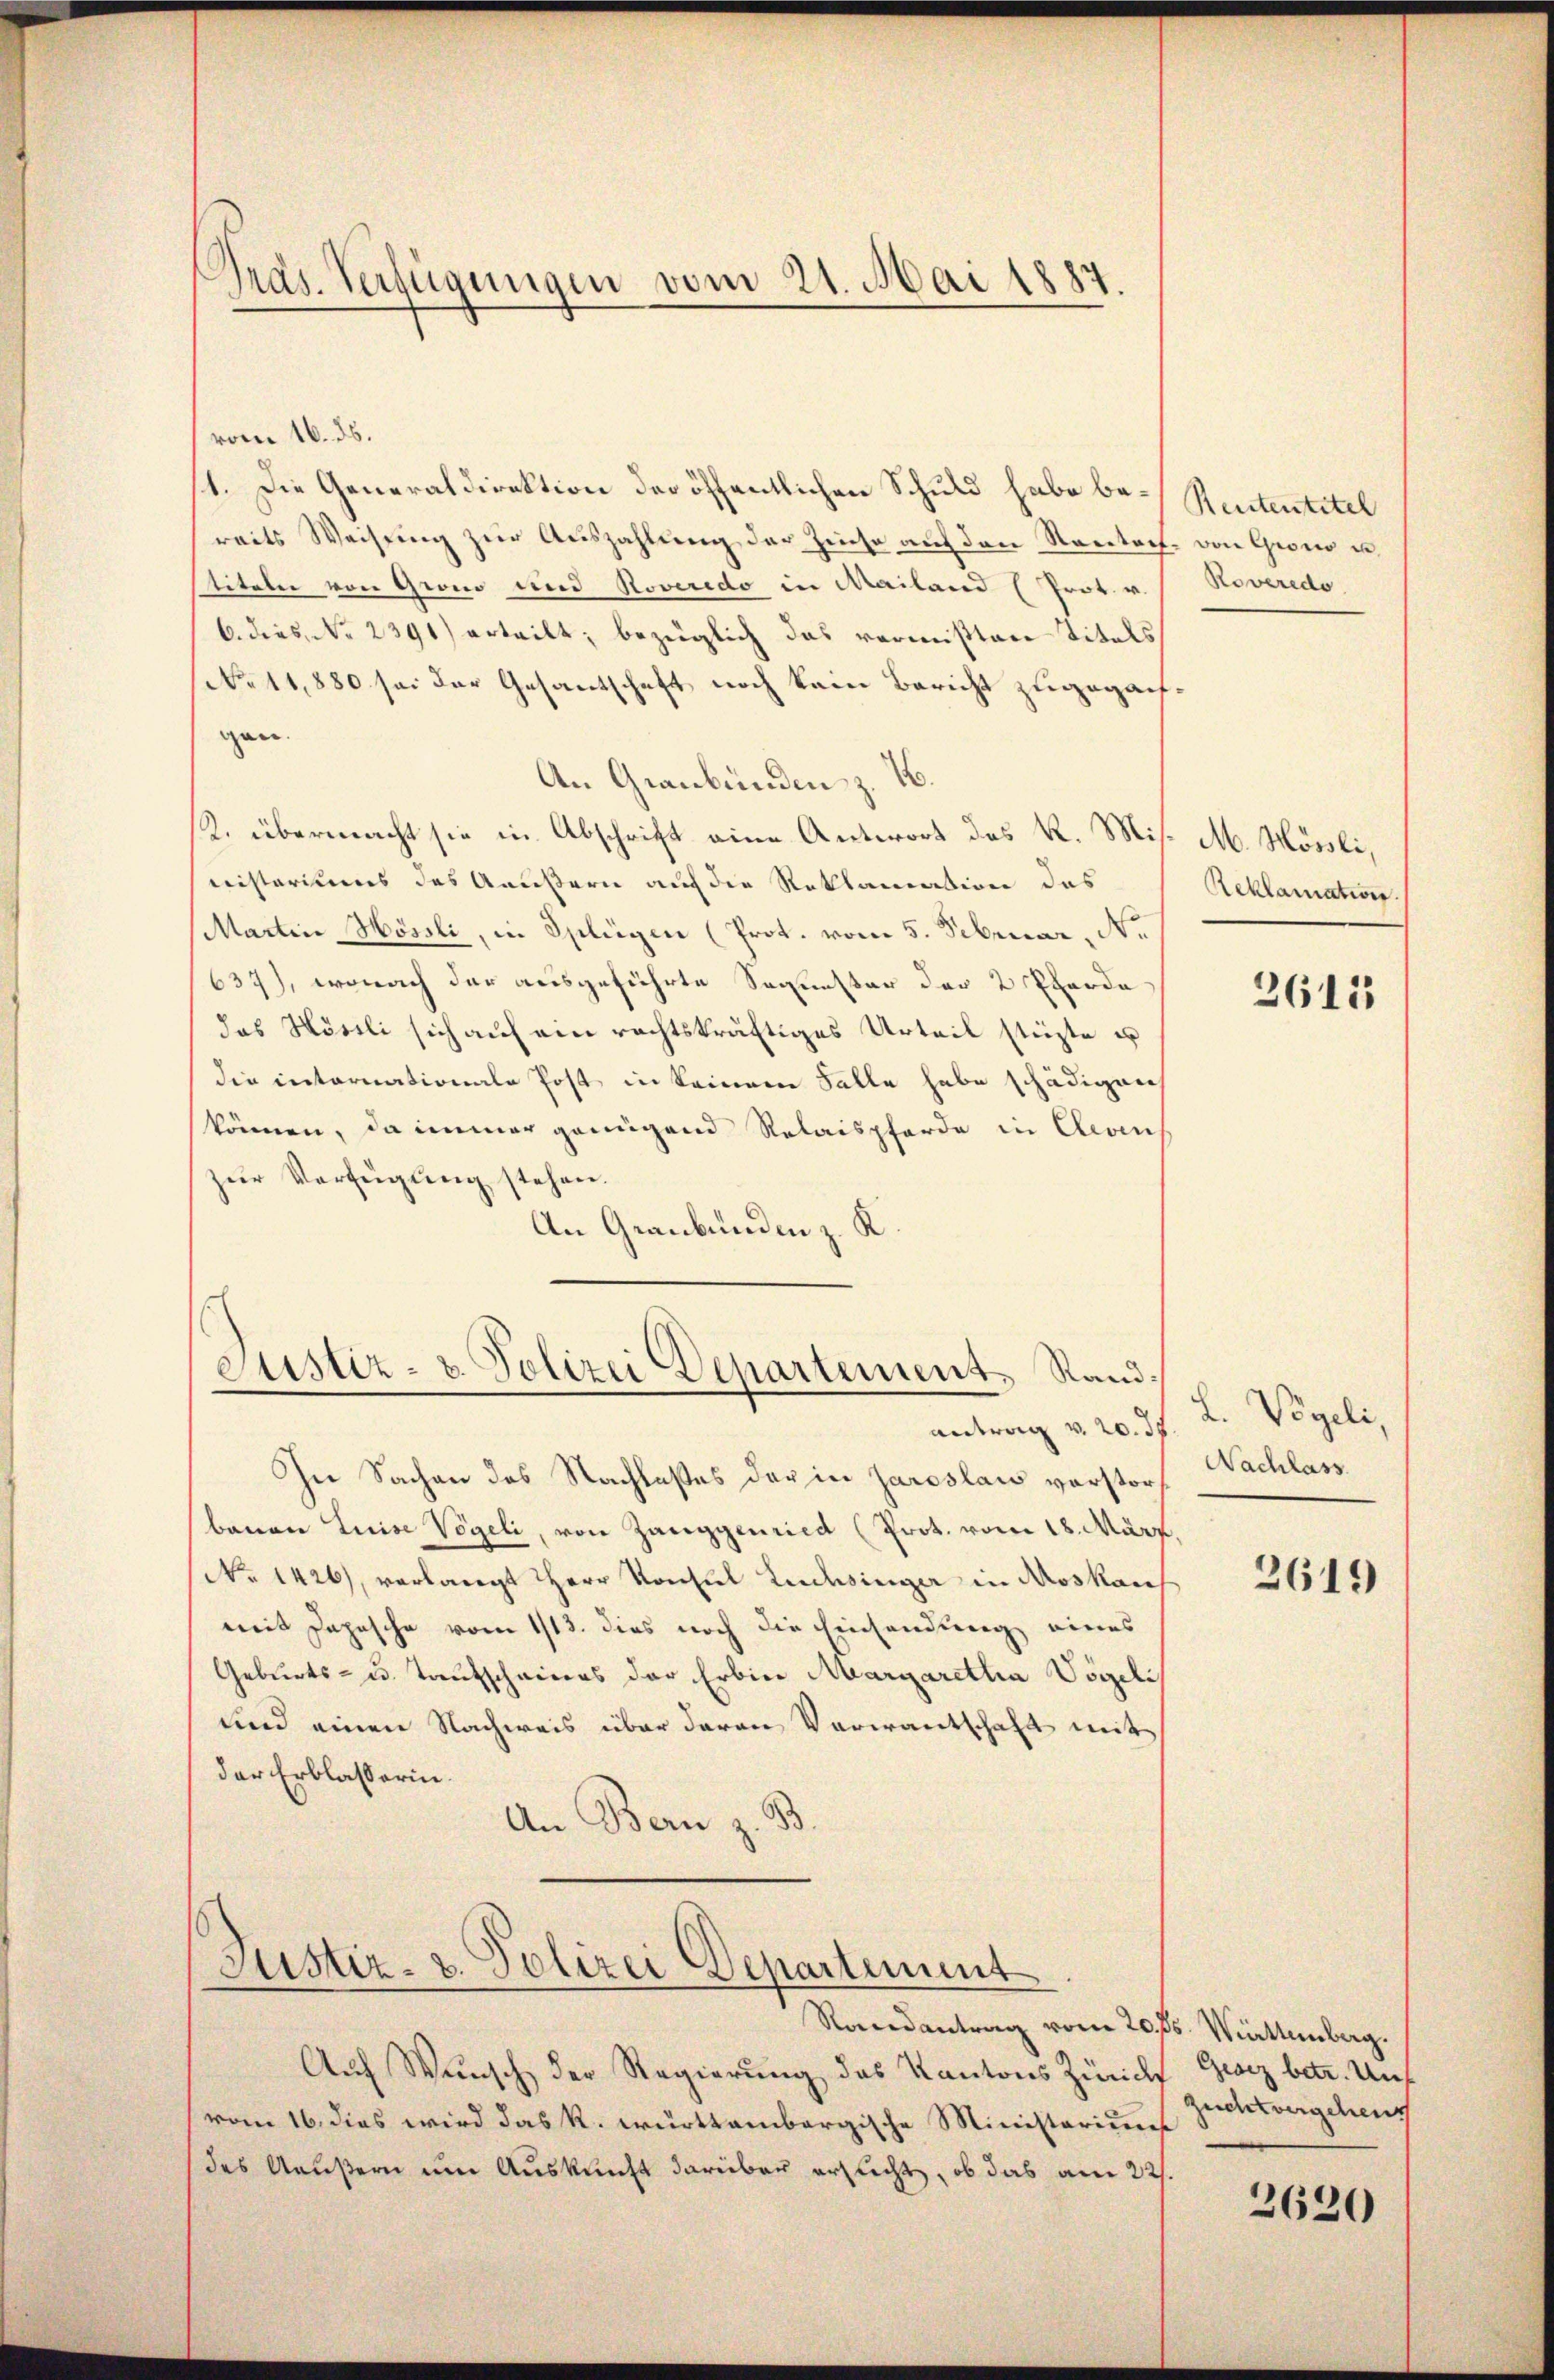
Pras. Verfügungen vom 21. Mai 1887.

vom 16. ds.
1. Die Generaldirektion der öffentlichen Schuld habe be- Rententitel
reits Weisung zur Auszahlung der Zinse auf den Rectorf. von Gweid u.
stiteln von Grio und Roveredo in Mailand (Prok. v.
6. dies No 2391) erteilt; bezüglich das vermißten Titels
No 11,880 sei der Gesantschaft noch kein Bericht zugeganfgen.
An Graubünden z. B.
K. übermacht sie in Abschrift eine Antwort des K. Misnisteriums das Aeußern auf die Reklamation das
Martin Hössli, in Splügen (Prot. vom 5. Februar, Ne
637), wonach der ausgeführte Sequester der 2 Pferde
das Höseli sich auf ein rechtskräftiges Urteil stürzte u
die internationale Post in keinem Falle habe schädigen
können, da immer genügend Relaispferde in Cleven
zur Verfügung stehen.
An Graubünden z. K.

Justiz- & Polizei Departement Rand.

Justiz- u. Polizei Departement

antrag v. 20. 37.
In Sachen des Nachlaßes der in Jaroslaw verstorf
bauen Luise Vögeli, von Zanggenried (Prot. vom 18. März,
No 1426, verlangt HHerr Konsul Lachsinger in Moskauf
mit Depesche vom 1113. dies noch die Einsendung eines
Geburts- u. Taufscheiners der Erbier Margaretha Vögeli
und einen Nachweis über deren Verwantschaft weit
der Erblasserin.
An Bern z. B.

Randantrag vom 20. ds. Württemberg.
Auf Wunsch der Regierung des Kantons Zürich Geiz betr. Unt
vom 16. dies wird das k. württembergische Ministeriums
des Aeußern um Auskunft darüber erflicht, ob das am 22.

Roveredo

M. Mösli,
Reklamation.
2613

L. Vögeli,
Nachlass.

2619

zucht vergehens

3620